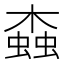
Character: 螙